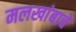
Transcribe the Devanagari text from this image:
मलखांबाचे